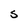
Character: S